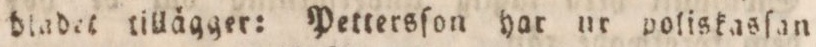
dladet tillägger: Pettersſon har nr poliskasan